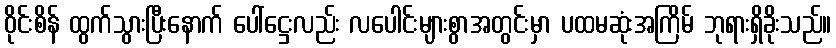
ဝိုင်းစိန် ထွက်သွားပြီးနောက် ပေါ်ဋ္ဌေးလည်း လပေါင်းများစွာအတွင်းမှာ ပထမဆုံးအကြိမ် ဘုရားရှိခိုးသည်။